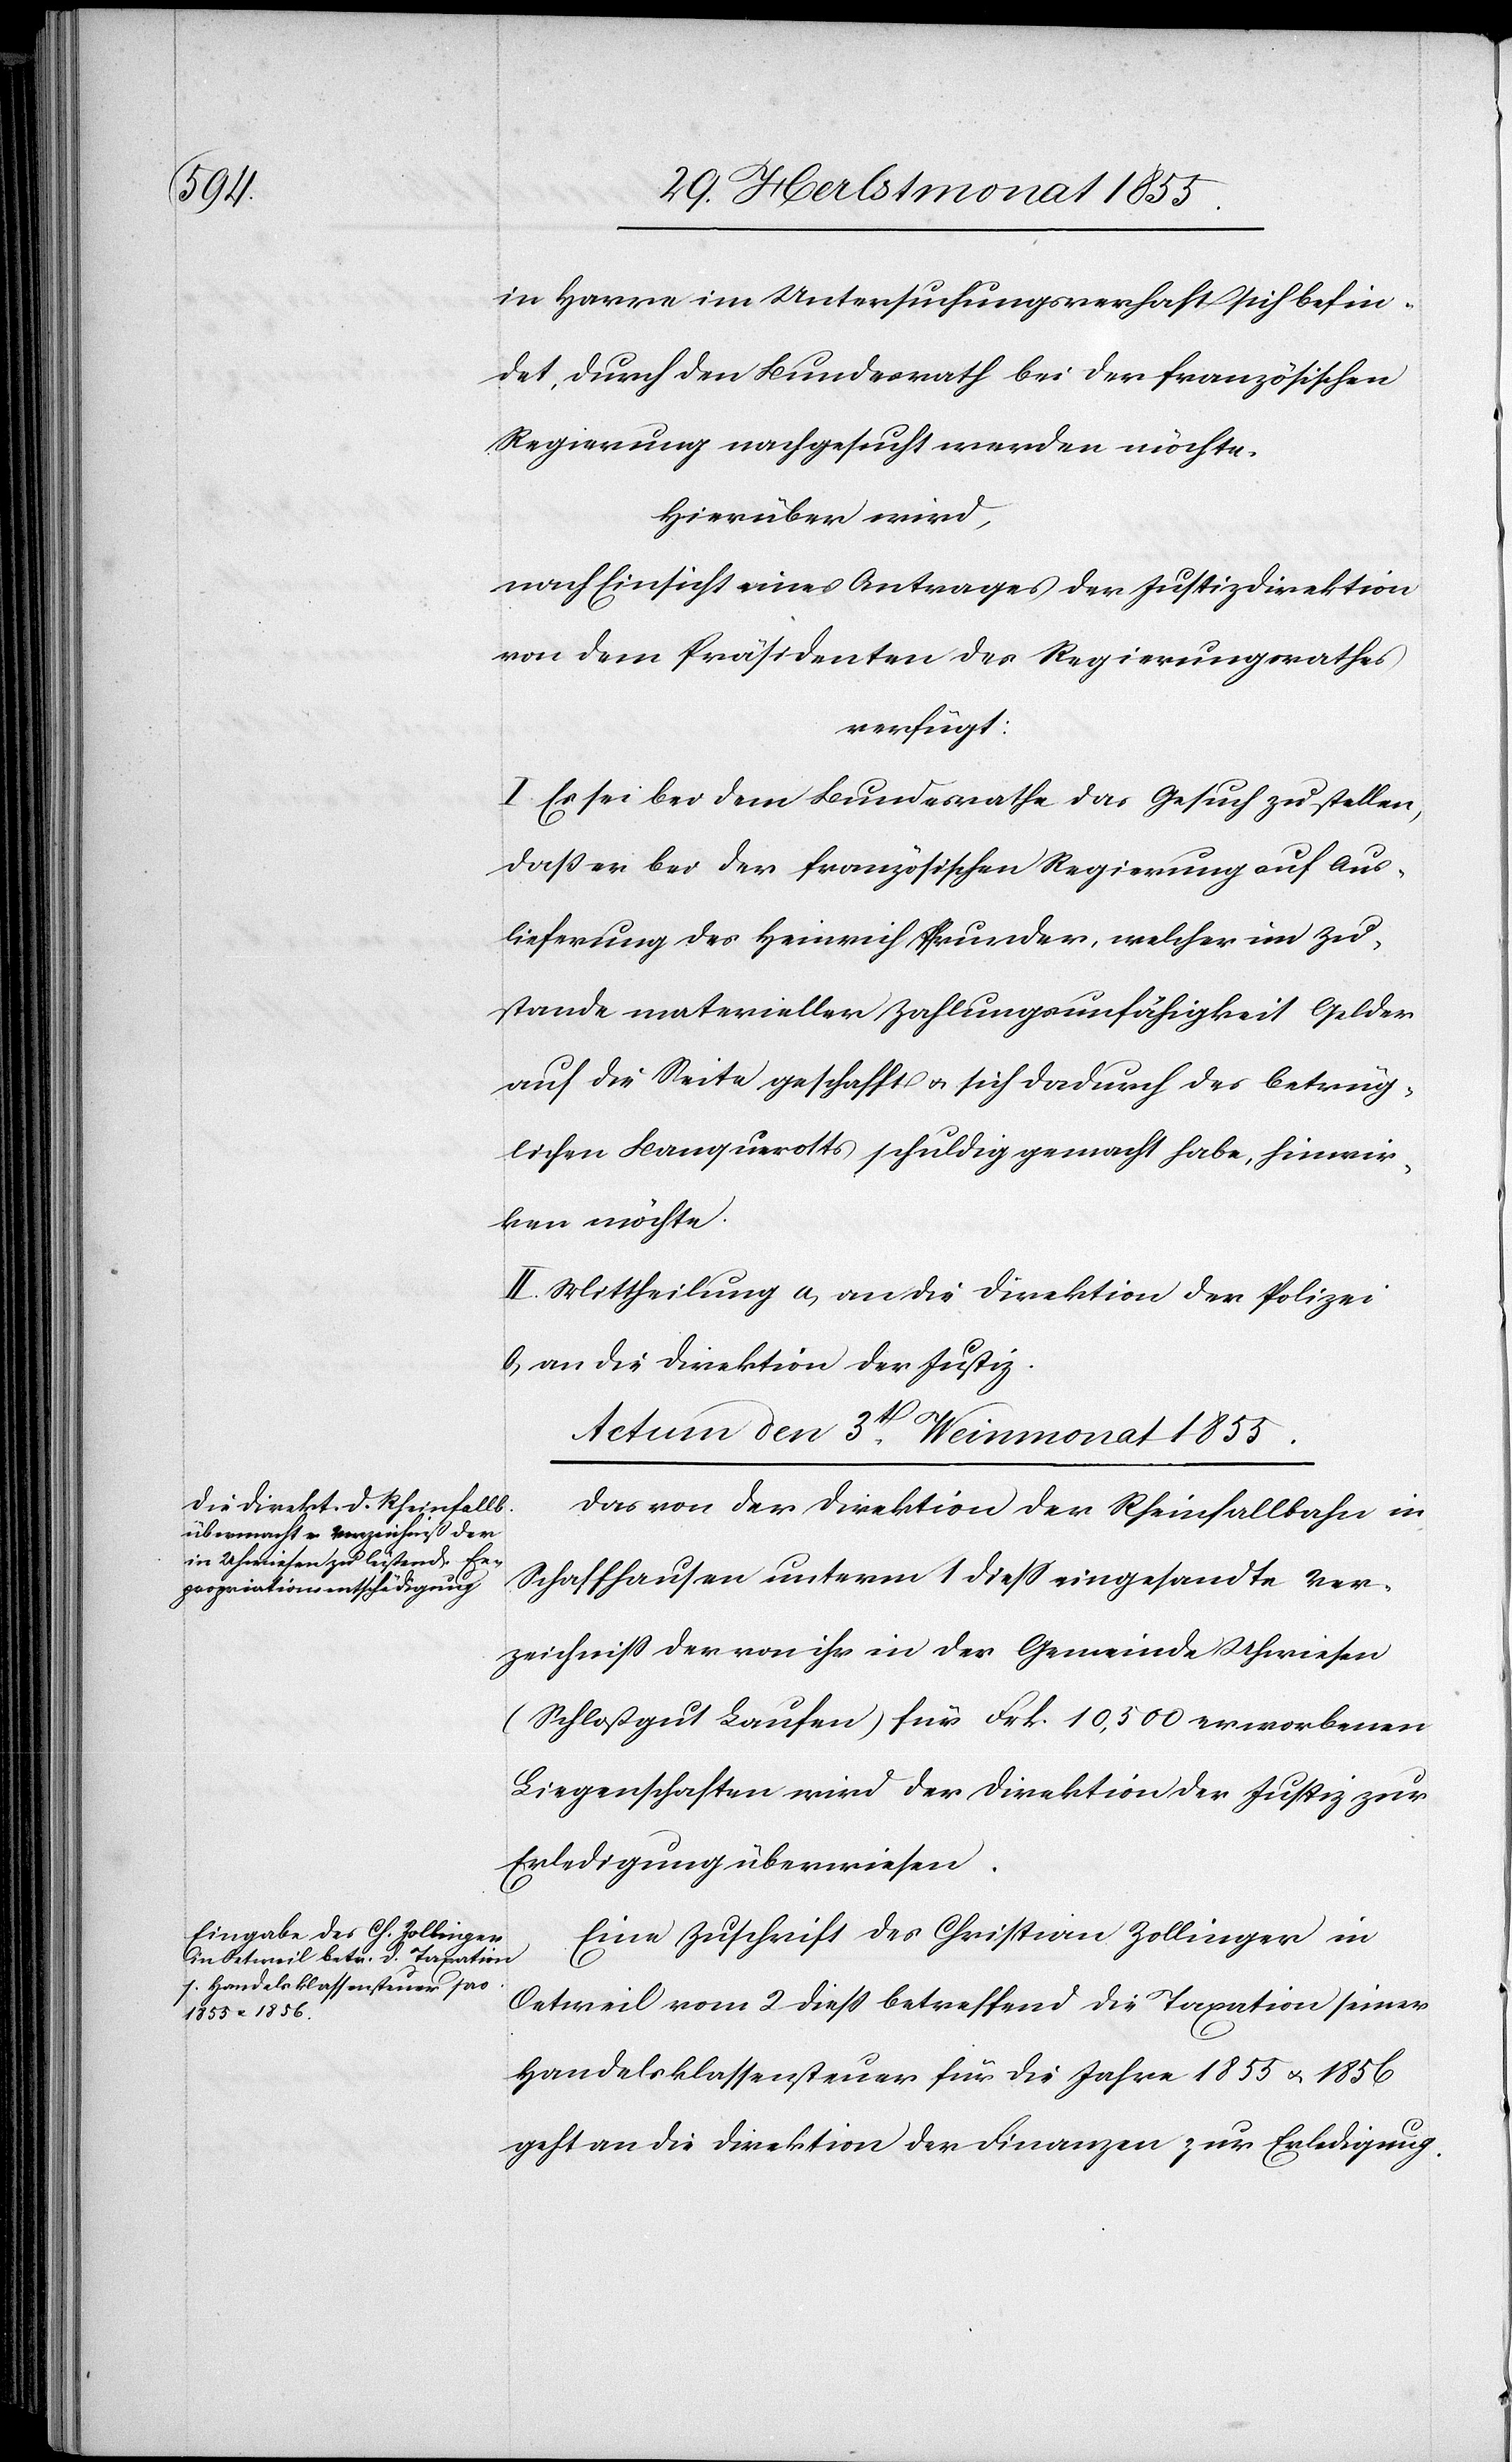
in Havre im Untersuchungsverhaft sich befin¬
det, durch den Bundesrath bei der französischen
Regierung nachgesucht werden möchte.
Hierüber wird,
nach Einsicht eines Antrages der Justizdirektion
von dem Präsidenten des Regierungsrathes
verfügt:
I. Es sei bei dem Bundesrathe das Gesuch zu stellen,
daß er bei der französischen Regierung auf Aus¬
lieferung des Heinrich Pfrunder, welcher im Zu¬
stande materieller Zahlungsunfähigkeit Gelder
auf die Seite geschafft & sich dadurch des betrüg¬
lichen Banquerotts schuldig gemacht habe, hinwir¬
ken möchte.
II. Mittheilung a) an die Direktion der Polizei
b) an die Direktion der Justiz.
Actum den 3t. Weinmonat 1855.]
Das von der Direktion der Rheinfallbahn in
Schaffhausen unterm 1 diess eingesandte Ver¬
zeichniss der von ihr in der Gemeinde Uhwiesen
(Schloßgut Laufen) für Frk. 10,500 erworbenen
Liegenschaften wird der Direktion der Justiz zur
Erledigung überwiesen.
Eine Zuschrift des Christian Zollinger in
Oetweil vom 2 dieß betreffend die Taxation seiner
Handelsklassensteuer für die Jahre 1855 & 1856
geht an die Direktion der Finanzen zur Erledigung.